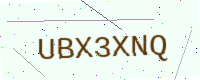
Text: UBX3XNQ